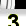
Digit: 3